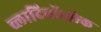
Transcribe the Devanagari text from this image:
व्लादिवॉस्तोक